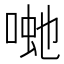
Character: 𭈽